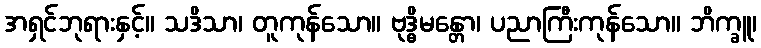
အရှင်ဘုရားနှင့်။ သဒိသာ၊ တူကုန်သော။ ဗုဒ္ဓိမန္တော၊ ပညာကြီးကုန်သော။ ဘိက္ခူ၊